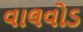
વાલવોડ